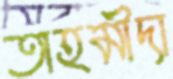
তাহমীদা